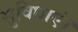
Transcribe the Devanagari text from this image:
सुविधाएं।